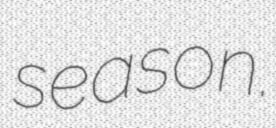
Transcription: season.